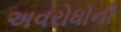
અવરોધોની